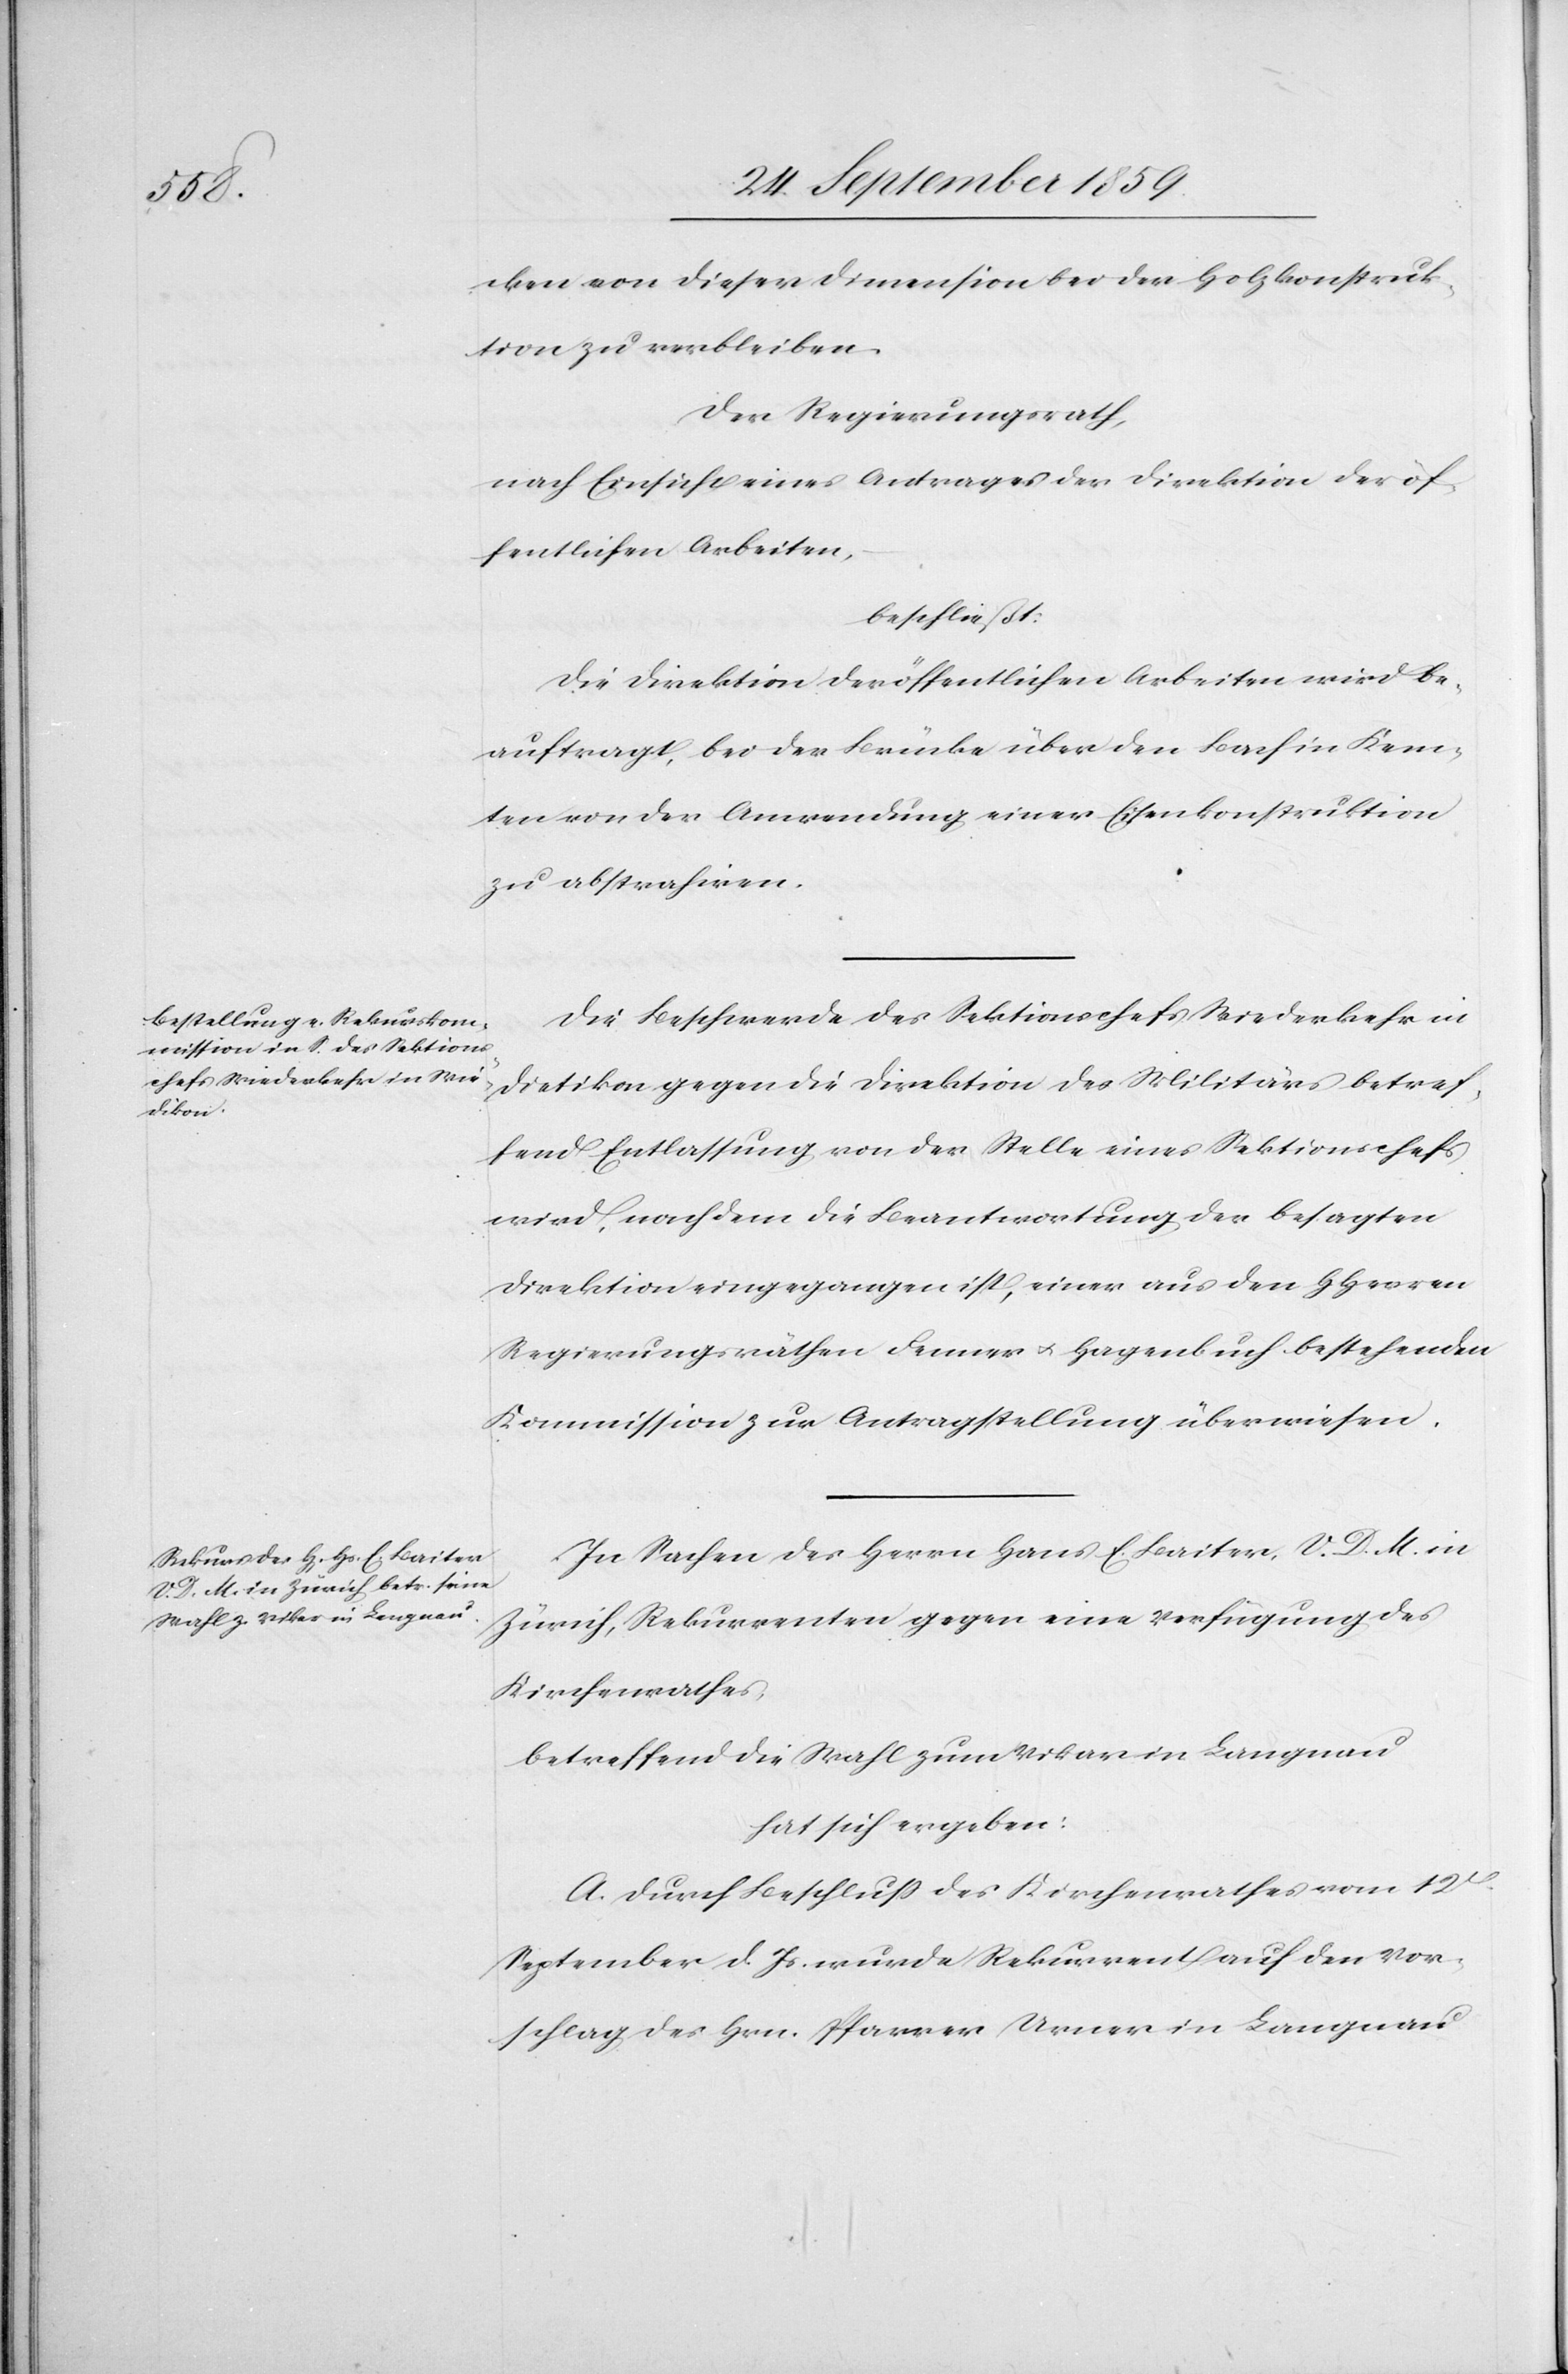
cken von dieser Dimension bei der Holzkonstruk¬
tion zu verbleiben.
Der Regierungsrath,
nach Einsicht eines Antrages der Direktion der öf¬
fentlichen Arbeiten,
beschließt:
Die Direktion der öffentlichen Arbeiten wird be¬
auftragt, bei der Brücke über den Bach in Kem¬
ten von der Anwendung einer Eisenkonstruktion
zu abstrahiren.
Die Beschwerde des Sektionschefs Wiederkehr in
Dietikon gegen die Direktion des Militärs betref¬
fend Entlassung von der Stelle eines Sektionschefs
wird, nachdem die Beantwortung der besagten
Direktion eingegangen ist, einer aus den HHerren
Regierungsräthen Fenner & Hagenbuch bestehenden
Kommission zur Antragstellung überwiesen.
In Sachen des Herrn Hans E. Baiter, V. D. M. in
Zürich, Rekurrenten gegen eine Verfügung des
Kirchenrathes,
betreffend die Wahl zum Vikar in Langnau
hat sich ergeben:
A. Durch Beschluß des Kirchenrathes vom 12t.
September d. Js. wurde Rekurrent auf den Vor¬
schlag des Hrn. Pfarrer Urner in Langnau